Burma Government Medical School reports 1923-41
Year: 1923
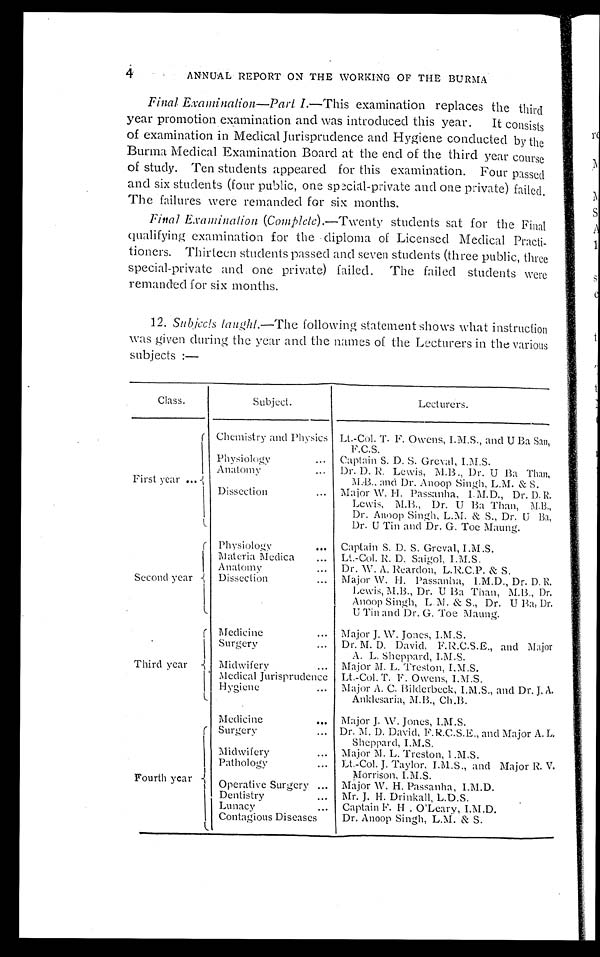
4
ANNUAL REPORT ON THE WORKING OF THE BURMA
Final Examination—Part I.—This examination replaces the third
year promotion examination and was introduced this year. It consists
of examination in Medical Jurisprudence and Hygiene conducted by the
Burma Medical Examination Board at the end of the third year course
of study. Ten students appeared for this examination. Four passed
and six students (four public, one special-private and one private) failed.
The failures were remanded for six months.
Final Examination (Complete).— Twenty students sat for the Final
qualifying examination for the diploma of Licensed Medical Practi--
tioners. Thirteen students passed and seven students (three public, three
special-private and one private) failed. The failed students were
remanded for six months.
12. Subjects laught.— The following statement shows what instruction
was given during the year and the names of the Lecturers in the various
subjects :—
Class.
Subject.
Lecturers.
First year . . .
Chemistry and Physics
Lt.-Col. T. F. Owens, I.M.S., and U Ba San,
F.C.S.
Physiology . . .
Captain S. D. S. Greval, I.M.S.
Anatomy . . .
Dr. D. R. Lewis, M.B., Dr. U Ba Than,
M.B., and Dr. Anoop Singh, L.M. & S.
Dissection . . .
Major W. H. Passanha, I.M.D., Dr. D. R.
Lewis, M.B., Dr. U Ba Than, M.B.,
Dr. Anoop Singh, L.M. & S., Dr. U Ba,
Dr. U Tin and Dr. G. Toe Maung.
Second year
Physiology . . .
Captain S. D. S. Greval, I .M.S.
Materia Medica . . .
Lt.-Col. R. D. Saigol, I.M.S.
Anatomy . . .
Dr. W. A. Reardon, L.R.C.P. & S.
Dissection . . .
Major W. H. Passanha, I.M.D., Dr. D. R.
Lewis, M.B., Dr. U Ba Than, M.B., Dr.
Anoop Singh, L.M. & S., Dr. U Ba, Dr.
U Tin and Dr. G. Toe Maung.
Third year
Medicine . . .
Major J. W. Jones, I.M.S.
Surgery . . .
Dr. M. D. David, F.R.C.S.E., and Major
A. L. Sheppard, I.M.S.
Midwifery . . .
Major M. L. Treston, I.M.S.
Medical Jurisprudence
Lt.-Col. T. F. Owens, I.M.S.
Hygiene . . .
Major A. C. Bilderbeck, I.M.S., and Dr. J. A.
Anklesaria, M.B., Ch.B.
F o u r t h y e a r
Medicine . . .
Major J. W. Jones, I.M.S.
Surgery . . .
Dr. M.D. David, F.R.C.S.E., and Major A. L.
Sheppard, I.M.S.
Midwifery . . .
Major M. L. Treston, I .M.S.
Pathology . . .
Lt.-Col. J. Taylor, I.M.S., and Major R. V.
Morrison, I.M.S.
Operative Surgery . . .
Major W. H. Passanha, I.M.D.
Dentistry . . .
Mr. J. H. Drinkall, L.D.S.
Lunacy . . .
Captain F. H . O'Leary, I.M.D.
Contagious Diseases
Dr. Anoop Singh, L.M. & S.